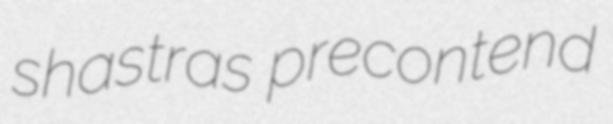
shastras precontend